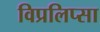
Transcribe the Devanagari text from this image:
विप्रलिप्सा